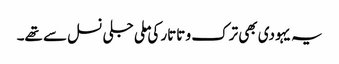
یہ یہودی بھی ترک و تاتار کی ملی جلی نسل سے تھے۔